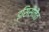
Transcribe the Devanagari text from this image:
इसिसैनैत